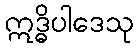
ဣဒ္ဓိပါဒေသု